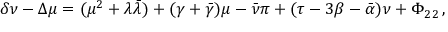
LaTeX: \delta \nu - \Delta \mu = ( \mu ^ { 2 } + \lambda { \bar { \lambda } } ) + ( \gamma + { \bar { \gamma } } ) \mu - { \bar { \nu } } \pi + ( \tau - 3 \beta - { \bar { \alpha } } ) \nu + \Phi _ { 2 2 } \, ,